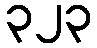
၃၂၃